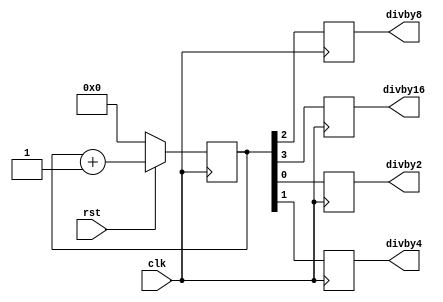
`timescale 1ns / 1ps

module Clock_divider (
    input clk, rst,
    output reg divby2, divby4, divby8, divby16
);

reg [3:0] count=4'b0000;

always @(posedge clk) begin
    if (rst == 0) begin
        count <= 4'b0000;
    end else begin
        count <= count + 1;
    end
    
    divby2 <= count[0];
    divby4 <= count[1];
    divby8 <= count[2];
    divby16 <= count[3];
end

endmodule